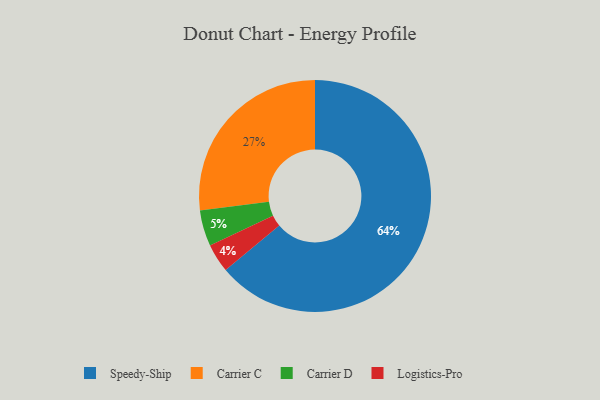
{"axis": {"x": "Category", "y": "Percentage"}, "legend": ["Carrier C", "Carrier D", "Logistics-Pro", "Speedy-Ship"], "data": [{"x": "Carrier C", "y": 27, "type": "Carrier C"}, {"x": "Logistics-Pro", "y": 4, "type": "Logistics-Pro"}, {"x": "Carrier D", "y": 5, "type": "Carrier D"}, {"x": "Speedy-Ship", "y": 64, "type": "Speedy-Ship"}]}